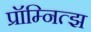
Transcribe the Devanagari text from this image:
प्रॉम्नित्झ